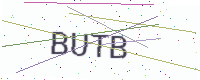
Text: BUTB